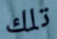
تلك